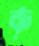
ক্